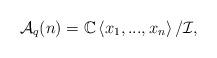
LaTeX: \begin{align*}{\mathcal{A}}_q(n)=\mathbb{C}\left\langle x_1,...,x_n\right\rangle/\mathcal{I},\end{align*}